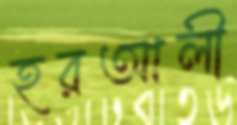
হরআলী